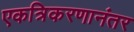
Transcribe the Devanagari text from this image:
एकत्रिकरणानंतर